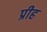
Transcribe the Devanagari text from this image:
प्रीह